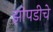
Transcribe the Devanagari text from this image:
झोपडीचे